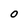
Character: O